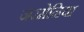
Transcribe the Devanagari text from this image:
जरमेनिया